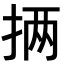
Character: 𪭵